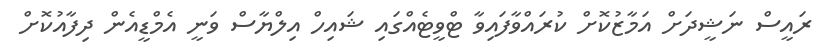
ރައީސް ނަޝީދަށް އަމާޒުކޮށް ކުރައްވާފައިވާ ޓްވީޓެއްގައި ޝައިހް އިލްޔާސް ވަނީ އެމްޑީއެން ދިފާއުކޮށް